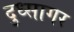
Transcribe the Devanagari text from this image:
दुध्सागर